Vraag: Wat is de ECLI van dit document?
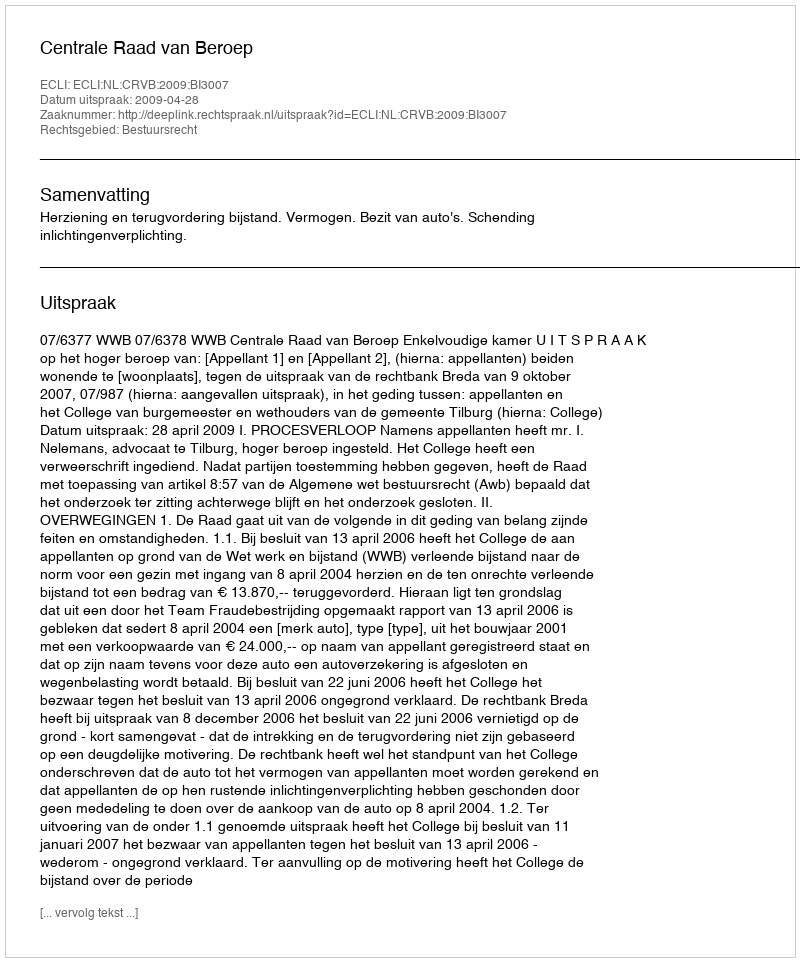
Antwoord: ECLI:NL:CRVB:2009:BI3007